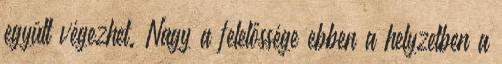
együtt végezhet. Nagy a felelőssége ebben a helyzetben a